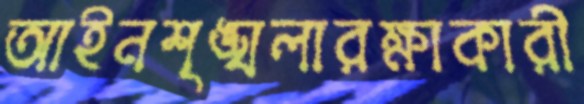
আইনশৃঙ্খলারক্ষাকারী